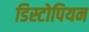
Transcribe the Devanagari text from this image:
डिस्टोपियन